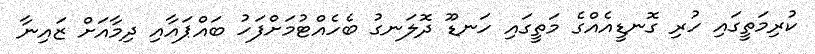
ކުރިމަތީގައި ހުރި ގޮނޑީއެއްގެ މަތީގައި ހަނޑޫ ދޮލަނގު ބެހެއްޓުމަށްފަހު ބައްޕައާއި ދިމާއަށް ޒައިނާ